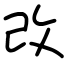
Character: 改